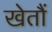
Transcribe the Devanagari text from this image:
खेतौं